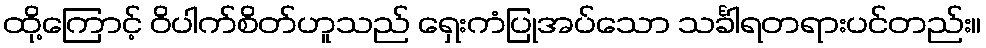
ထို့ကြောင့် ဝိပါက်စိတ်ဟူသည် ရှေးကံပြုအပ်သော သင်္ခါရတရားပင်တည်း။